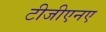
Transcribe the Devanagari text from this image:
टीजीएनए